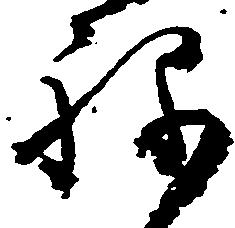
ね